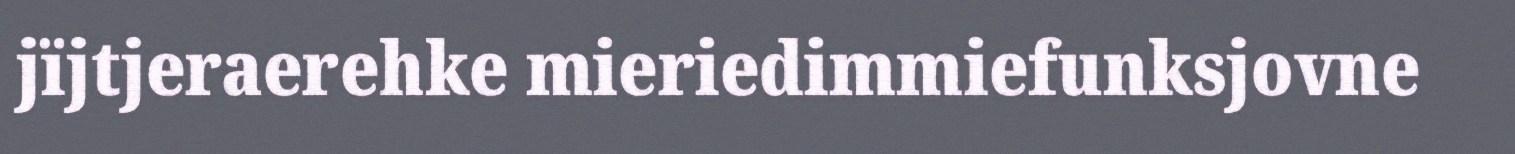
jïjtjeraerehke mieriedimmiefunksjovne